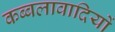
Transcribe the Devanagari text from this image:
कब्बलावादियों